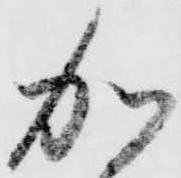
加